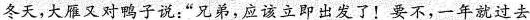
冬天，大雁又对鸭子说：”兄弟，应该立即出发了！要不，一年就过去